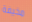
مخيفة